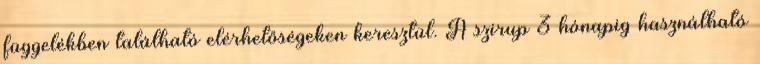
függelékben található elérhetőségeken keresztül. A szirup 3 hónapig használható